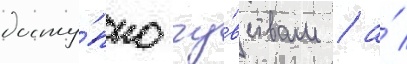
досту́пно чу́вствам / а́